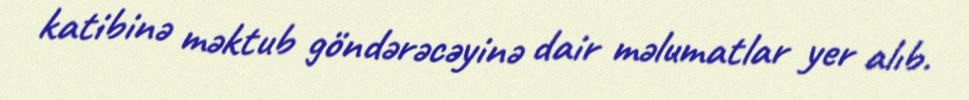
katibinə məktub göndərəcəyinə dair məlumatlar yer alıb.